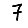
Digit: 7